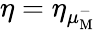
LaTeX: \eta=\eta_{\mu_{\mathrm{M}}^{-}}